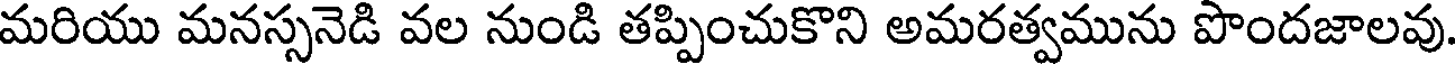
మరియు మనస్సనెడి వల నుండి తప్పించుకొని అమరత్వమును పొందజాలవు